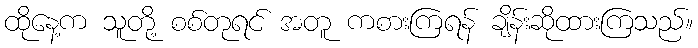
ထိုနေ့က သူတို့ စစ်တုရင် အတူ ကစားကြရန် ချိန်းဆိုထားကြသည်။